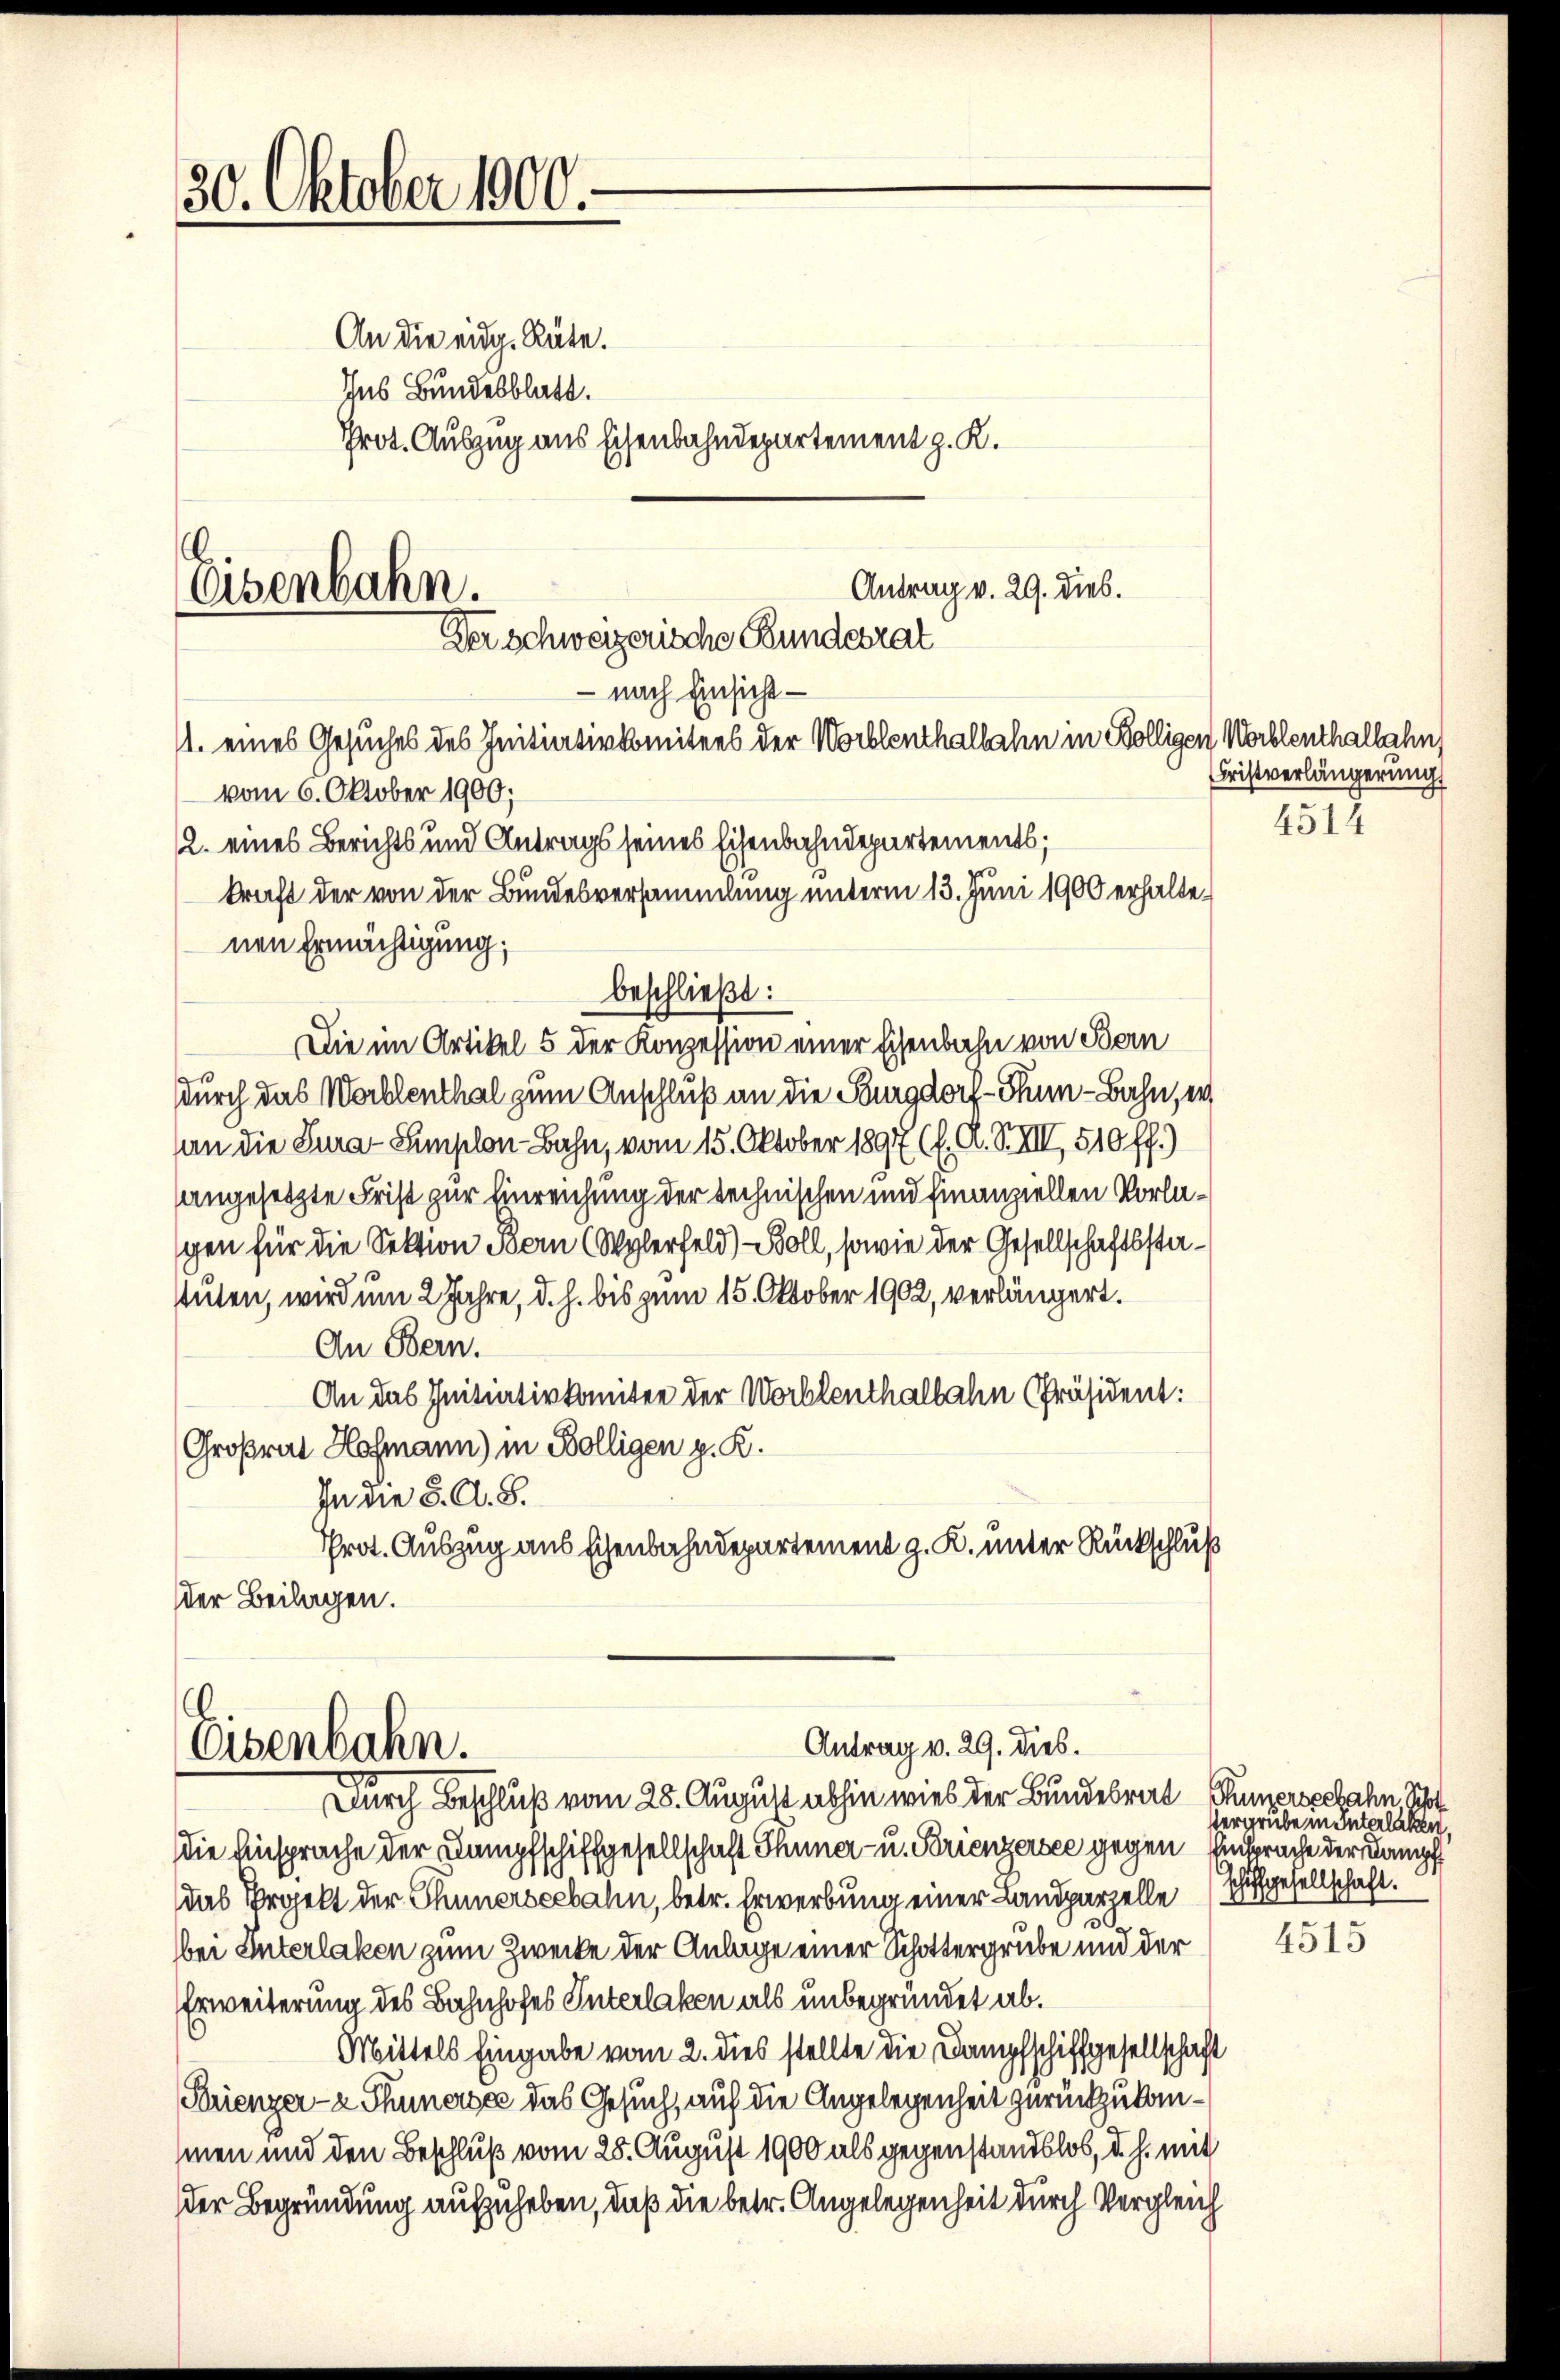
30. Oktober 1900.

Antrag v. 29. Dieb.
Eisenbahn.
Der Schweizerische Bundesrat
nach Einsicht
11. eines Gesuches des Initiativkomitees der Worblenthalbahn in Kölligen Norblenthalbahn
vom 6. Oktober 1900;
2. eines Berichts und Antrags seines Eisenbahndepartements;

Eisenbahn.

An die eidg. Rüte.
Ins Bundesblatt.
Prot. Auszug aus Eisenbahndepartement z. K.

kraft der von der Bundesversammlung unterm 13. Juni 1900 erhaltenen Ermächtigung;
beschließt:
Die im Artikel 5 der Konzession einer Eisenbahn von Bern
s
durch das Wortlenthal zum Anschluß an die Burgdorf - Thun-Bahn, er
an die Jura-Semplon Bahn, vom 15. Oktober 1897 (l. A. S. VIII 510 ff.)
angesetzte Frist zur Einreichung der technischen und finanziellen Vorlagen für die Sektion Bern (Wylerfeld) soll, sowie der Gesellschaftsstastuten, wird um 2 Jahre, d. h. bis zum 15. Oktober 1902, verlängert.
An Bern.
An das Initiativkomitee der Worblenthalbahn Präsident:
Großrat Hofmann) in Bölligen p. R.
In die 3. A. S.
Prot. Auszug aus Eisenbahndepartement z. K. unter Rückschluß
der Beilagen.

Antrag v. 29. Dieb.

Durch Beschluß vom 25. August abhin wies der Bundesrat
die Einsprache der Dampfschiffgesellschaft Thuner- u. Brienzersee gegen Einsprache der Dampf
das Projekt der Thunerseebahn, betr. Erwerbung einer Landparzelle
.
bei Interlaken zum Zwecke der Anlage einer Schottergrube und der
Erweiterung des Bahnhofes Interlaken als unbegründet ab.
Mittels Eingabe vom 2. dies stellte die Dampfschiffgesellschaft
Ferienzer- u Thunersee das Gesuch, auf die Angelegenheit zurückzukommen und den Beschluß vom 25. August 1900 als gegenstandslos, d. h. mit
der Begründung aufzuheben, daß die betr. Angelegenheit durch Vergleich

Cristverlängerung

4514

Tunzerseebahn schot
tergrube in Interlaken,
schiffgesellschaft.

4515